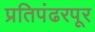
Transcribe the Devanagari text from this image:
प्रतिपंढरपूर